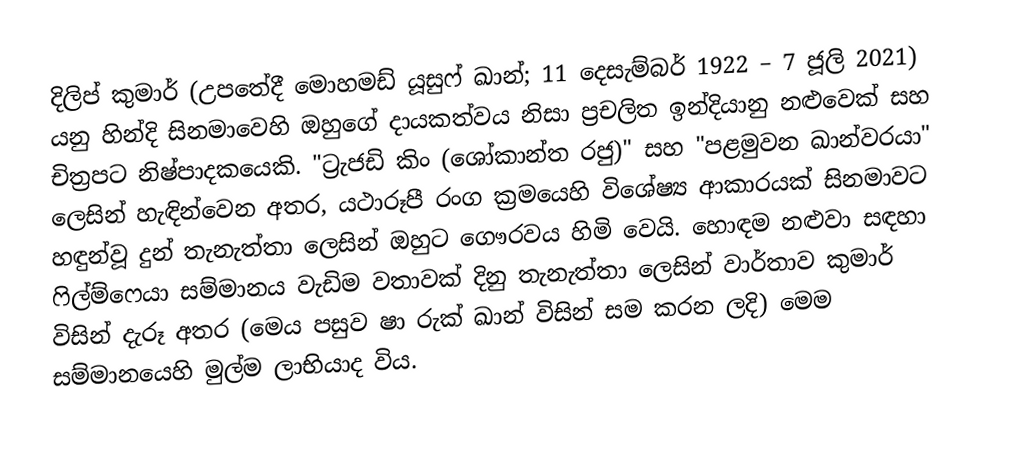
දිලිප් කුමාර් (උපතේදී මොහමඩ් යූසුෆ් ඛාන්; 11 දෙසැම්බර් 1922 – 7 ජූලි 2021) යනු  හින්දි සිනමාවෙහි ඔහුගේ දායකත්වය නිසා ප්‍රචලිත ඉන්දියානු නළුවෙක් සහ චිත්‍රපට නිෂ්පාදකයෙකි. "ට්‍රැජඩි කිං (ශෝකාන්ත රජු)"  සහ "පළමුවන ඛාන්වරයා" ලෙසින් හැඳින්වෙන අතර,  යථාරූපී රංග ක්‍රමයෙහි  විශේෂ්‍ය ආකාරයක් සිනමාවට හඳුන්වූ දුන් තැනැත්තා ලෙසින් ඔහුට ගෞරවය හිමි වෙයි. හොඳම නළුවා සඳහා ෆිල්ම්ෆෙයා සම්මානය  වැඩිම වතාවක් දිනු තැනැත්තා ලෙසින් වාර්තාව කුමාර් විසින් දැරූ අතර (මෙය පසුව ෂා රුක් ඛාන් විසින් සම කරන ලදි) මෙම සම්මානයෙහි මුල්ම ලාභියාද විය.